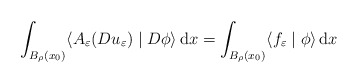
\begin{align*}\int_{B_{\rho}(x_{0})}\langle A_{\varepsilon}(Du_{\varepsilon})\mid D\phi\rangle\,{\mathrm{d}}x=\int_{B_{\rho}(x_{0})}\langle f_{\varepsilon}\mid \phi\rangle\,{\mathrm{d}}x\end{align*}